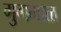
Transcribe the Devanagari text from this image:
गुगमाळ